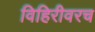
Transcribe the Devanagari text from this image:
विहिरीवरच